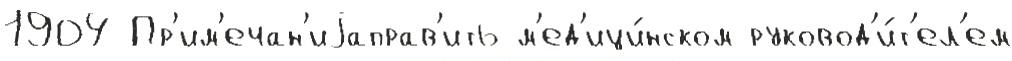
1904 Пр'им'ечан'иjаправ'ить м'ед'ици́нском руковод'и́т'ел'ем